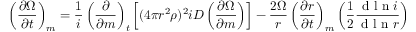
\left( \frac { \partial \Omega } { \partial t } \right) _ { m } = \frac { 1 } { i } \left( \frac { \partial } { \partial m } \right) _ { t } \left[ ( 4 \pi r ^ { 2 } \rho ) ^ { 2 } i D \left( \frac { \partial \Omega } { \partial m } \right) \right] - \frac { 2 \Omega } { r } \left( \frac { \partial r } { \partial t } \right) _ { m } \left( \frac { 1 } { 2 } \frac { \textrm { d l n } i } { \textrm { d l n } r } \right)